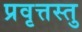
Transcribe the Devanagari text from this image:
प्रवृत्तस्तु